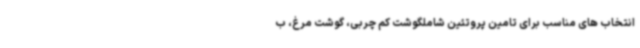
انتخاب های مناسب برای تامین پروتئین شاملگوشت کم چربی، گوشت مرغ، ب